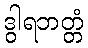
ဒွါရဘတ္တံ